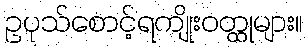
ဥပုသ်စောင့်ရကျိုးဝတ္ထုများ။